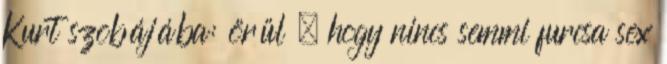
Kurt szobájába: örül , hogy nincs semmi furcsa sex